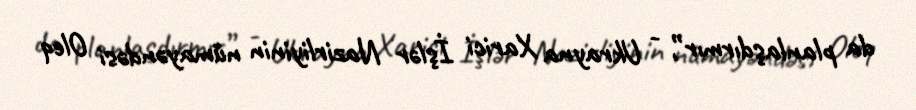
da planlaşdırmır”, - Ukrayna Xarici İşlər Nazirliyinin nümayəndəsi Oleq